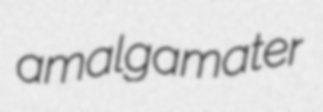
amalgamater